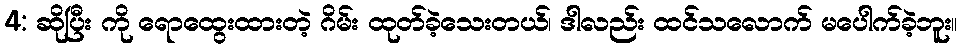
4: ဆိုပြီး ကို ရောထွေးထားတဲ့ ဂိမ်း ထုတ်ခဲ့သေးတယ်၊ ဒါလည်း ထင်သလောက် မပေါက်ခဲ့ဘူး။